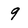
Character: 9